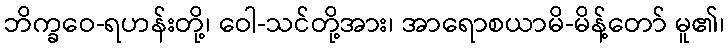
ဘိက္ခဝေ-ရဟန်းတို့၊ ဝေါ-သင်တို့အား၊ အာရောစယာမိ-မိန့်တော် မူ၏၊